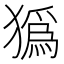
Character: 㺔